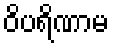
ဝိပရိဏာမ